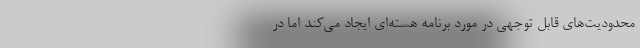
محدودیت‌های قابل توجهی در مورد برنامه هسته‌ای ایجاد می‌کند اما در